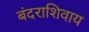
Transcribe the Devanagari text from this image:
बंदराशिवाय